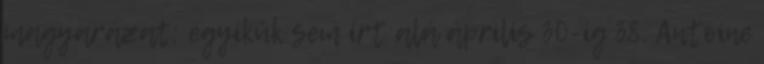
magyarázat: egyikük sem írt alá április 30-ig 38. Antoine